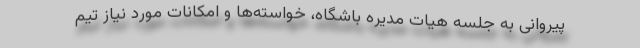
پیروانی به جلسه هیات مدیره باشگاه، خواسته‌ها و امکانات مورد نیاز تیم